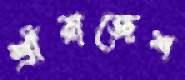
শ্রীরাজেশ